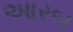
આરબ